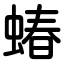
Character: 蝽